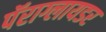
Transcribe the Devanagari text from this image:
पॅराग्लायडर